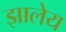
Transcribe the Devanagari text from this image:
झालेय